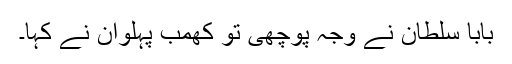
بابا سلطان نے وجہ پوچھی تو کھمب پہلوان نے کہا۔